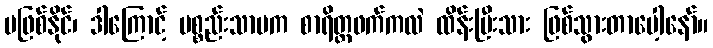
မဖြစ်နိုင်၊ ဒါကြောင့် ပစ္စည်းသာမက စာရိတ္တဖက်ကလဲ ထိန်းပြီးသား ဖြစ်သွားတာပေါ့နော်။